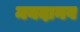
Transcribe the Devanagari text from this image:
मयदानव